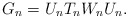
\begin{align*} G_n=U_nT_nW_nU_n.\end{align*}